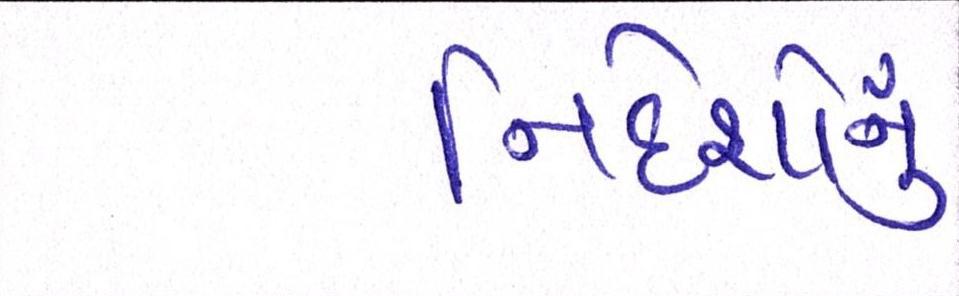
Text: નિર્દેશોનું